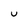
Character: u